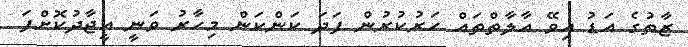
ޒާތުގެ އަޑު އިވޭ އާލާތްތައް ހަރުކުރުން ފަދަ ކަންކަން މިހާރު ވަނީ އީޖާދުކޮށްފަ